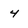
Character: 4